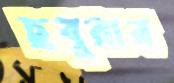
ছবুরার